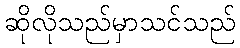
ဆိုလိုသည်မှာသင်သည်